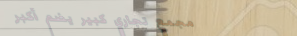
مجمع تجاري كبير يضم أكبر